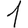
Digit: 1